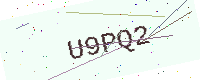
Text: U9PQ2